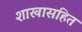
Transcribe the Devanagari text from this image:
शाखासहित